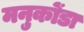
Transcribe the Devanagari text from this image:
मनुकोंडा